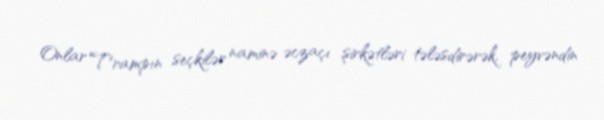
Onlar Trampın seçkilər naminə əczaçı şirkətləri tələsdirərək, peyvəndin